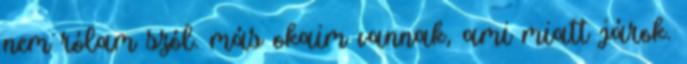
nem rólam szól. más okaim vannak, ami miatt járok.